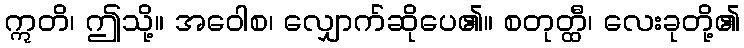
ဣတိ၊ ဤသို့။ အဝေါစ၊ လျှောက်ဆိုပေ၏။ စတုတ္ထီ၊ လေးခုတို့၏